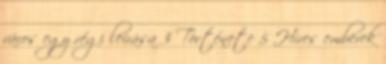
város egy régi leírása 3 Története 5 Híres emberek